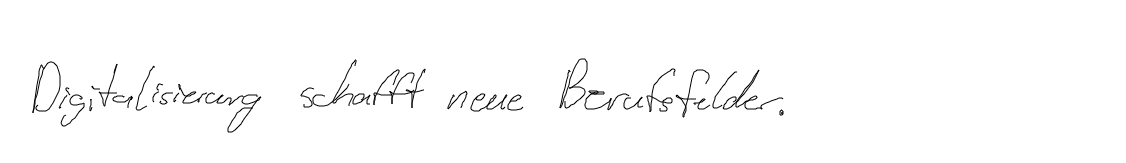
Digitalisierung schafft neue Berufsfelder.